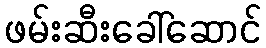
ဖမ်းဆီးခေါ်ဆောင်